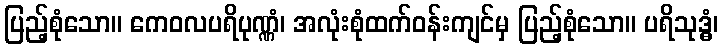
ပြည့်စုံသော။ ကေဝလပရိပုဏ္ဏံ၊ အလုံးစုံထက်ဝန်းကျင်မှ ပြည့်စုံသော။ ပရိသုဒ္ဓံ၊